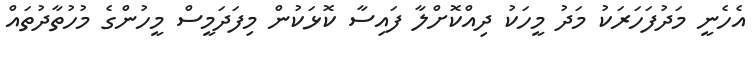
އެހެނީ މަދުފަހަރަކު މަދު މީހަކު ދިއްކޮށްލާ ފައިސާ ކޮޅަކުން މިފަދަމީސް މީހުންގެ މުހުތާދުތައް